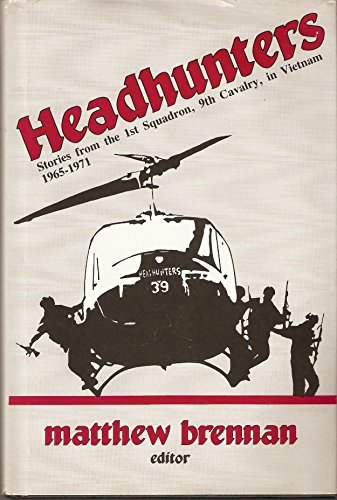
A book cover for Headhunters: Stories from the 1st Squadron, 9th Cavalry in Vietnam, 1965-1971; Matthew Brennan; History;